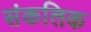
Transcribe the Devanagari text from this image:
संकलिक